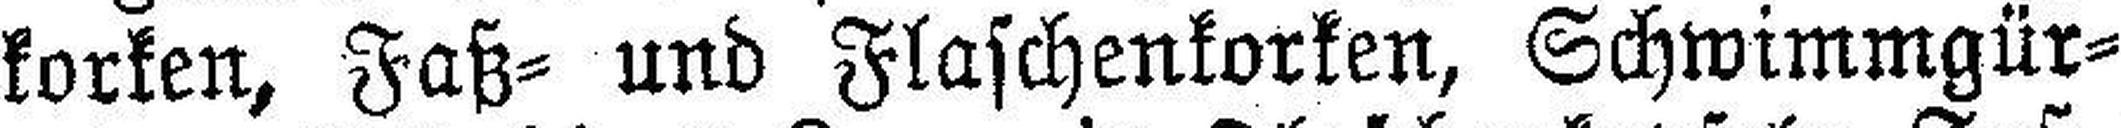
korken, Faß= und Flaschenkorken, Schwimmgür¬